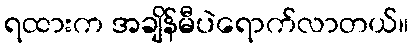
ရထားက အချိန်မီပဲရောက်လာတယ်။